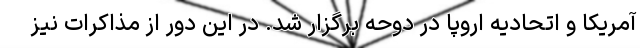
آمریکا و اتحادیه اروپا در دوحه برگزار شد. در این دور از مذاکرات نیز